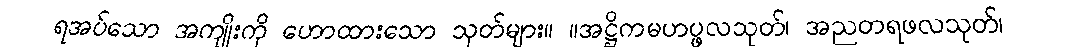
ရအပ်သော အကျိုးကို ဟောထားသော သုတ်များ။ ။အဋ္ဌိကမဟပ္ဖလသုတ်၊ အညတရဖလသုတ်၊